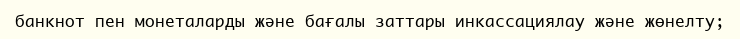
банкнот пен монеталарды және бағалы заттары инкассациялау және жөнелту;